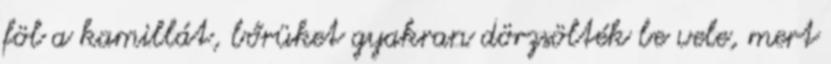
föl a kamillát, bőrüket gyakran dörzsölték be vele, mert